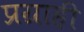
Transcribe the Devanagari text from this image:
प्रग्राही